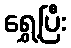
ရွှေ့ပြီး